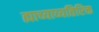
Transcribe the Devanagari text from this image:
ह्याच्याव्यतिरिक्त